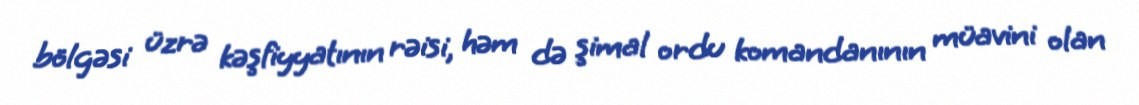
bölgəsi üzrə kəşfiyyatının rəisi, həm də şimal ordu komandanının müavini olan